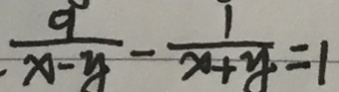
\frac { 9 } { x - y } - \frac { 1 } { x + y } = 1